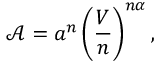
\mathcal { A } = a ^ { n } \left( \frac { V } { n } \right) ^ { n \alpha } ,